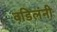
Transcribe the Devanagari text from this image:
वडिलंनी